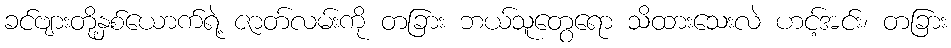
ခင်ဗျားတို့နှစ်ယောက်ရဲ့ ဇာတ်လမ်းကို တခြား ဘယ်သူတွေရော သိထားသေးလဲ ဟင့်အင်း၊ တခြား